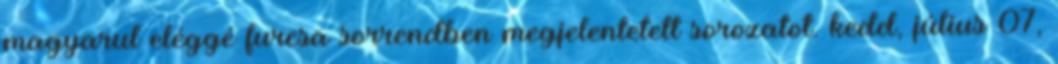
magyarul eléggé furcsa sorrendben megjelentetett sorozatot. kedd, július 07,